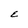
Character: E